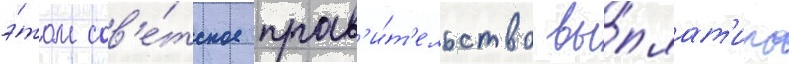
э́том сов'е́тское прав'и́т'ельство вы́плат'ило